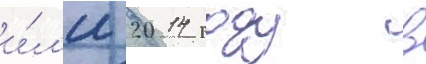
и́л'и 2014 году в